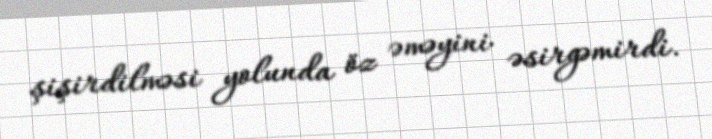
şişirdilməsi yolunda öz əməyini əsirgəmirdi.